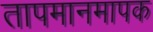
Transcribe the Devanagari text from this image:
तापमानमापक